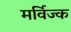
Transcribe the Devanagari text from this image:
मर्विज्क